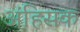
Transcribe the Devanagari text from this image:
अंहिसक